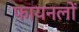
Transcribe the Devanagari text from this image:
फायनलों